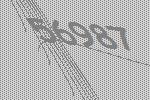
56987